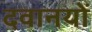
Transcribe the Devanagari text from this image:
दवानयों